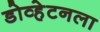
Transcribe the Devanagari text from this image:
डोव्हेटनला